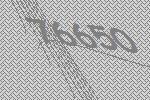
76650